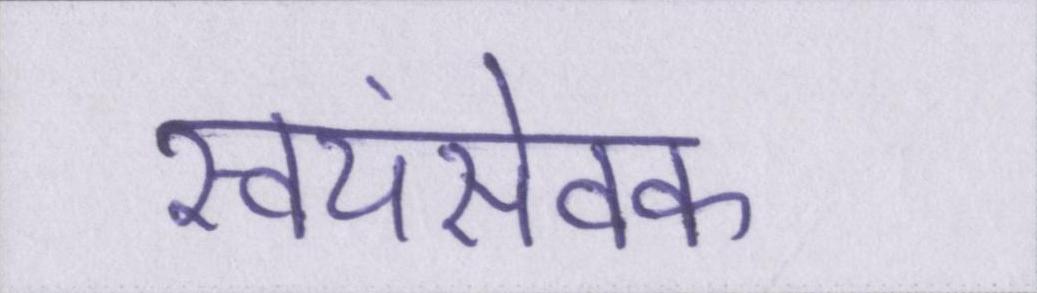
स्वयंसेवक